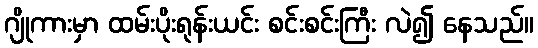
ဂျိုကားမှာ ထမ်းပိုးရုန်းယင်း စင်းစင်းကြီး လဲ၍ နေသည်။